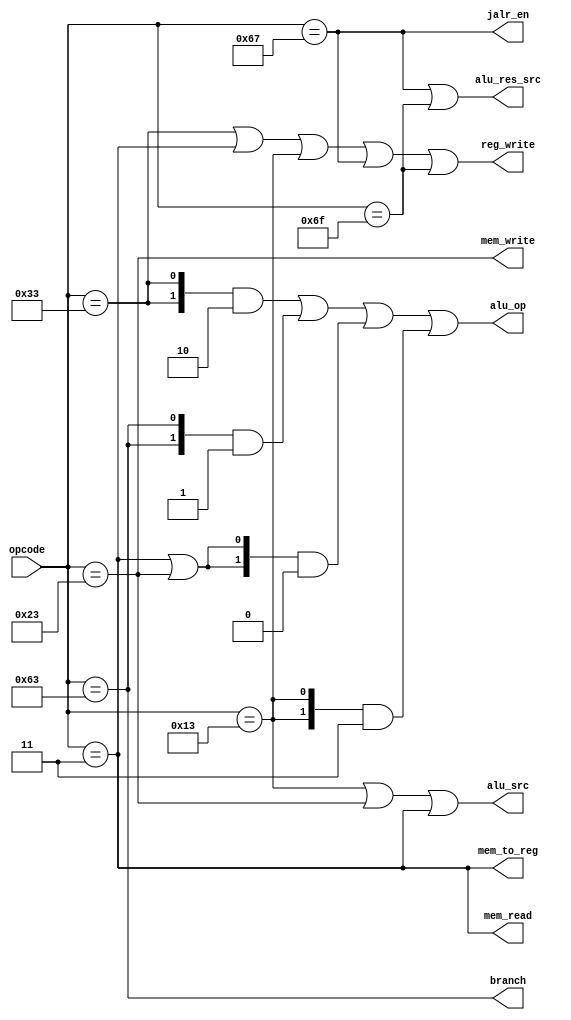
module fb_cu (
  input [6:0] opcode,
  output [1:0] alu_op,
  output alu_src,
  output alu_res_src,
  output mem_read,
  output mem_write,
  output branch,
  output mem_to_reg,
  output reg_write,
  // output pc_src,
  output jalr_en
);

////////////////////////////////////////
//  output [1:0] alu_op: the alu opcode  
//  output alu_src: decide alu src from (rs2, forwarding unit) or (imm)
//  output alu_res_src: decide alu_result or pc + 1(jalr) write to EX/MEM register
//  output mem_read: memory read
//  output mem_write: memory write
//  output branch: branch instruction
//  output mem_to_reg: register write data from alu result or rs2
//  output reg_write: register write
//  output pc_src: decide pc come from increase(0) or control hazard unit(1)
////////////////////////////////////////

wire r_type_ctrl;
wire b_type_ctrl;
wire i_type_ctrl;
wire s_type_ctrl;
wire lw_inst;
wire jalr_inst;
wire j_type_ctrl;

// judge what type of instruction
assign r_type_ctrl = (opcode[6:0] == 7'b0110011);
assign b_type_ctrl = (opcode[6:0] == 7'b1100011);
assign lw_inst = (opcode[6:0] == 7'b0000011);
assign i_type_ctrl = (opcode[6:0] == 7'b0010011);     // * that i-type only includecalculate instruction
assign s_type_ctrl = (opcode[6:0] == 7'b0100011);
assign jalr_inst = (opcode[6:0] == 7'b1100111);
assign j_type_ctrl = (opcode[6:0] == 7'b1101111);

/////////////////////////////////////
//IF
// assign pc_src = b_type_ctrl | jalr_inst | j_type_ctrl;
/////////////////////////////////////
//control hazard unit
assign jalr_en = jalr_inst;
/////////////////////////////////////
//EX
//alu_op r:10 b:01 i & s & jalr(i):00
assign alu_op = ({2{r_type_ctrl}} & 2'b10)
              | ({2{b_type_ctrl}} & 2'b01)
              | ({2{lw_inst | s_type_ctrl}} & 2'b00)
              | ({2{i_type_ctrl}} & 2'b11);
assign alu_src = i_type_ctrl | s_type_ctrl | lw_inst;
// ? jalr don't need alu, only need change alu result source TODO
assign alu_res_src = jalr_inst | j_type_ctrl;
/////////////////////////////////////
//MEM
assign mem_read = lw_inst;
assign mem_write = s_type_ctrl;
assign branch = b_type_ctrl;
/////////////////////////////////////
//WB
assign mem_to_reg = lw_inst;
// * jal and jalr also need write register
assign reg_write = r_type_ctrl | lw_inst | i_type_ctrl | jalr_inst | j_type_ctrl;
/////////////////////////////////////




  
endmodule